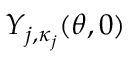
Y _ { j , \kappa _ { j } } ( \theta , 0 )